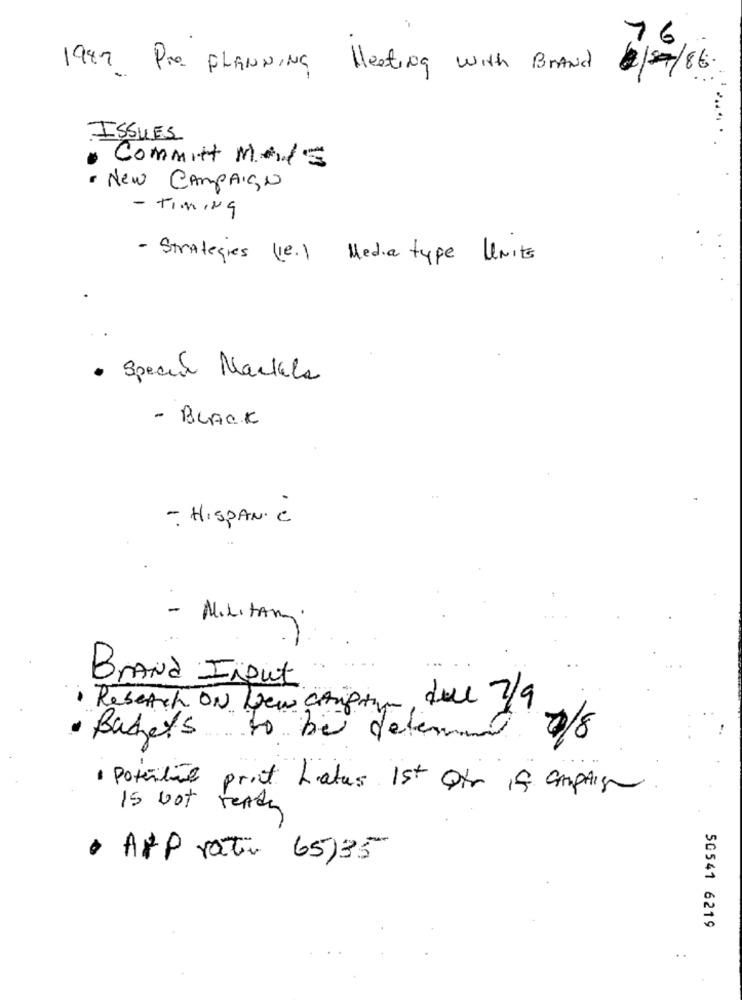
76
198.7 Pro PLANNING Meeting with Brand
ISSUES
· Committ MAIS
· New CAMPAIGN
- TIMING
- Strategies lie.) Media type Units
· Special Markle
- BLACK
- HISPANIC
- Military.
...
Brand Ingut
due 7/9
· Research ON New carpour,
· Badets to be delemed /8
potential print Latus 1st of if amptige
Is Not ready
· A&P rat 65)35
50541 6219
..